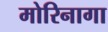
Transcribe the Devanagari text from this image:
मोरिनागा